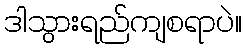
ဒါသွားရည်ကျစရာပဲ။